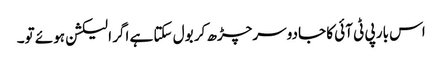
اس بار پی ٹی آئی کا جادو سرچڑھ کر بول سکتا ہے اگر الیکشن ہوئے تو۔